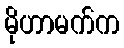
မိုဟာမက်က